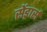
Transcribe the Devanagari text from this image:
सेंड्रार्स